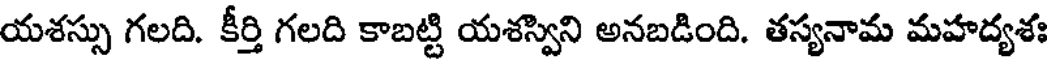
యశస్సు గలది. కీర్తి గలది కాబట్టి యశస్విని అనబడింది. తస్యనామ మహద్యశః